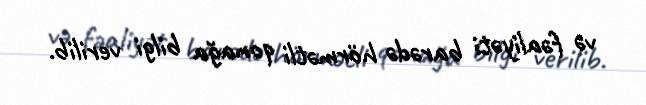
və fəaliyəti barədə hörmətli qonağa bilgi verilib.